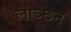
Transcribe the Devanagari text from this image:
लाञ्छन